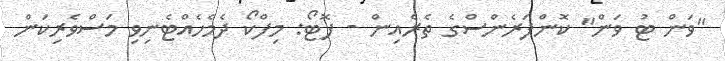
"ވަން ޓު ވަން" ކޮންފަރެންސްގެ ތެރެއިން - ފޮޓޯ: މިފްކޯ ދެމެހެއްޓެނިވި މަސްވެރިކަން